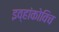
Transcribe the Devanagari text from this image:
इव्हांकोविच